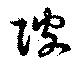
陂